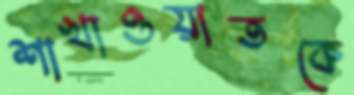
শাখাওয়াতকে